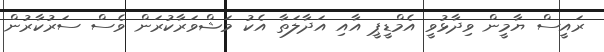
ރައީސް ޔާމީން ވިދާޅުވީ އެމްޑީޕީ އާއި އަދާލަތާ އެކު މަޝްވަރާކުރަން ވެސް ސަރުކާރުން